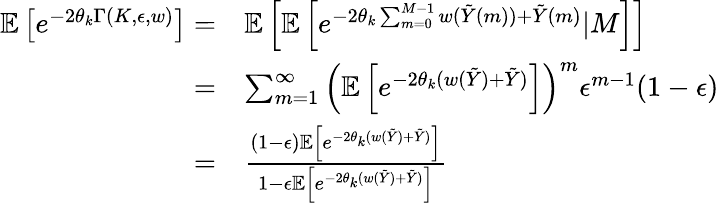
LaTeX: \begin{array}{rl}{\mathbb{E}\left[e^{-2\theta_{k}\Gamma(K,\epsilon,w)}\right]=}&{\mathbb{E}\left[\mathbb{E}\left[e^{-2\theta_{k}\sum_{m=0}^{M-1}w(\tilde{Y}(m))+\tilde{Y}(m)}|M\right]\right]}\\ {=}&{\sum_{m=1}^{\infty}\left(\mathbb{E}\left[e^{-2\theta_{k}(w(\tilde{Y})+\tilde{Y})}\right]\right)^{m}\epsilon^{m-1}(1-\epsilon)}\\ {=}&{\frac{(1-\epsilon)\mathbb{E}\left[e^{-2\theta_{k}(w(\tilde{Y})+\tilde{Y})}\right]}{1-\epsilon\mathbb{E}\left[e^{-2\theta_{k}(w(\tilde{Y})+\tilde{Y})}\right]}}\end{array}